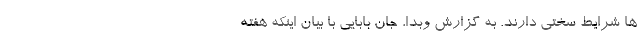
ها شرایط سختی دارند. به گزارش وبدا، جان بابایی با بیان اینکه هفته